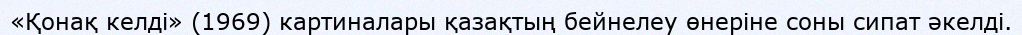
«Қонақ келді» (1969) картиналары қазақтың бейнелеу өнеріне соны сипат әкелді.